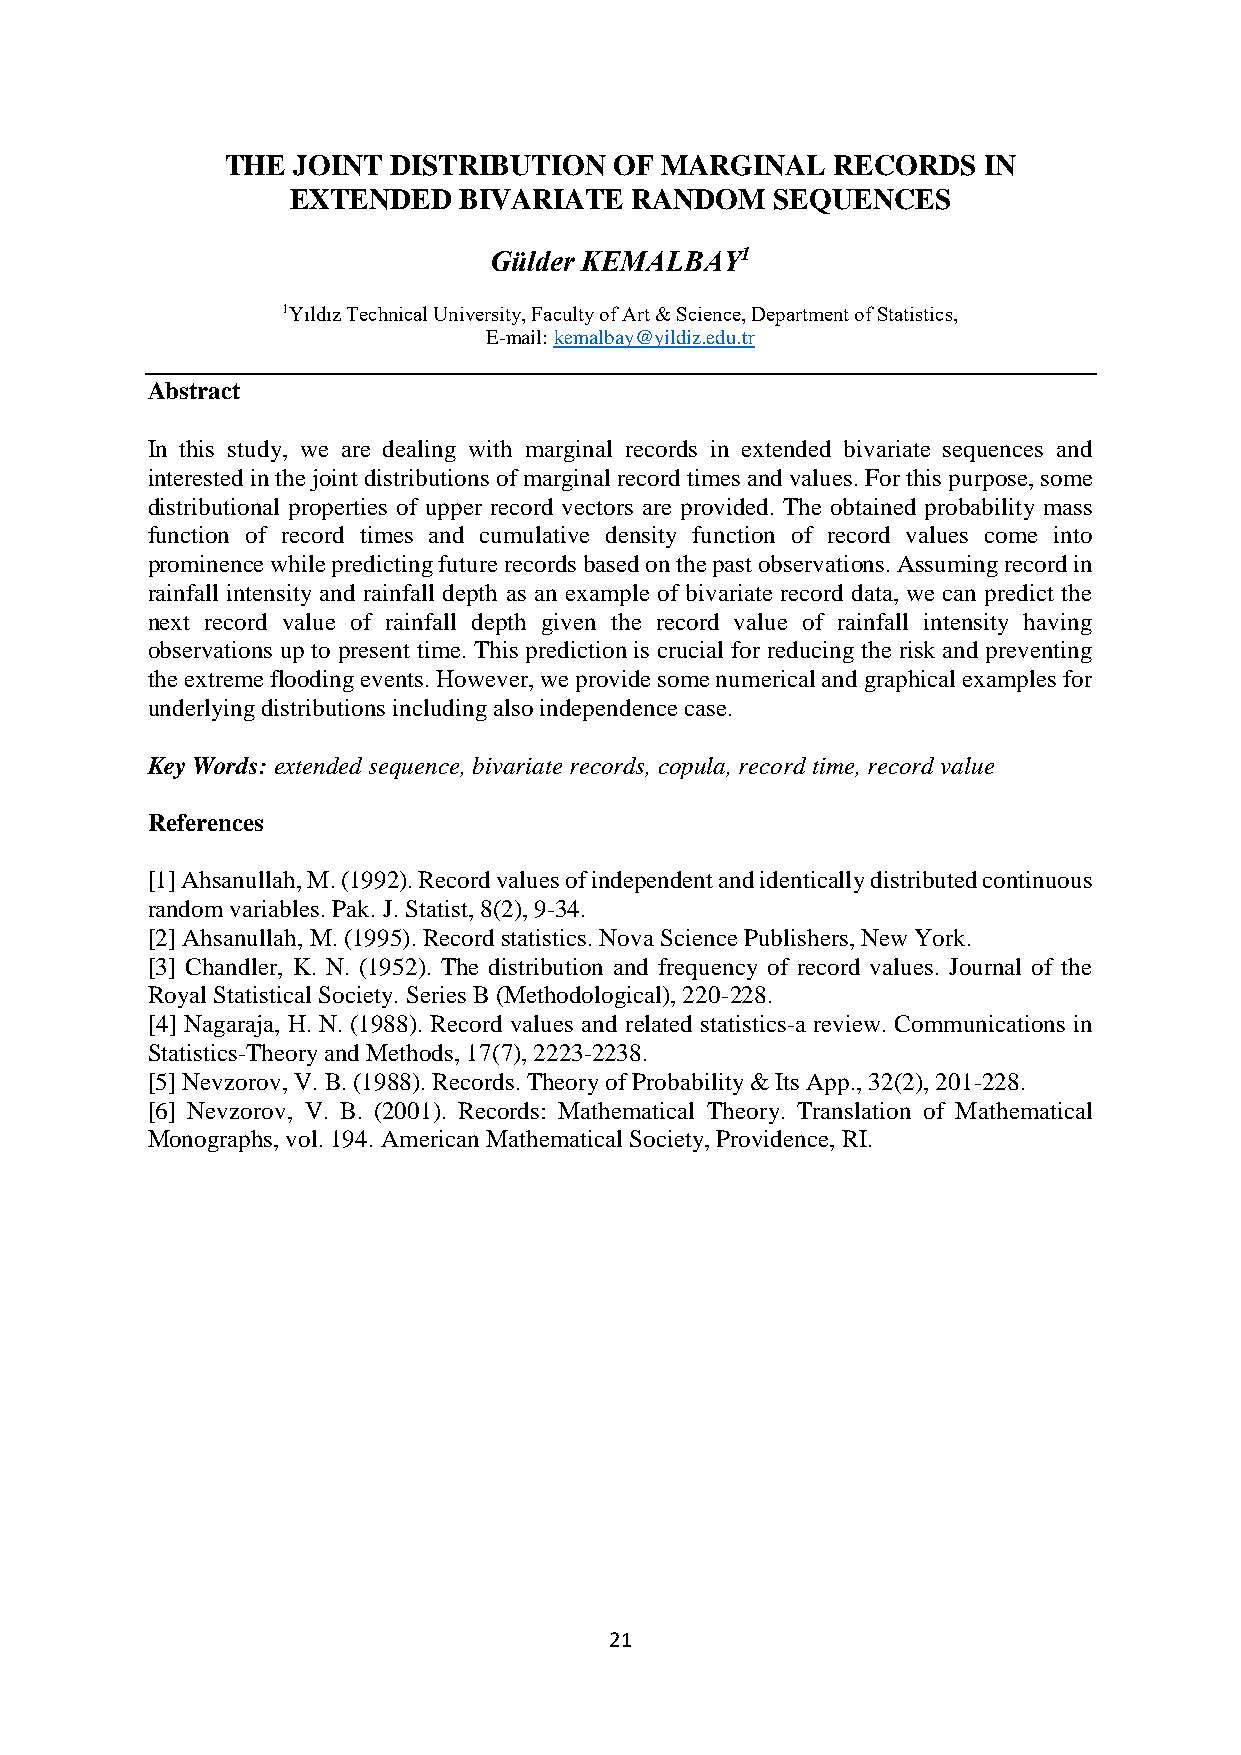
THE JOINT  DISTRIBUTION   OF MARGINAL   RECORDS   IN
 EXTENDED   BIVARIATE   RANDOM   SEQUENCES
 Gülder KEMALBAY1
 1Yıldız Technical University, Faculty of Art & Science, Department of Statistics,
 E-mail: kemalbay@yildiz.edu.tr
 Abstract
 In this study, we are dealing with marginal records in extended bivariate sequences and
 interested in the joint distributions of marginal record times and values. For this purpose, some
 distributional properties of upper record vectors are provided. The obtained probability mass
 function of record times and cumulative density function of record values come into
 prominence while predicting future records based on the past observations. Assuming record in
 rainfall intensity and rainfall depth as an example of bivariate record data, we can predict the
 next record value of rainfall depth given the record value of rainfall intensity having
 observations up to present time. This prediction is crucial for reducing the risk and preventing
 the extreme flooding events. However, we provide some numerical and graphical examples for
 underlying distributions including also independence case.
 Key Words: extended sequence, bivariate records, copula, record time, record value
 References
 [1] Ahsanullah, M. (1992). Record values of independent and identically distributed continuous
 random variables. Pak. J. Statist, 8(2), 9-34.
 [2] Ahsanullah, M. (1995). Record statistics. Nova Science Publishers, New York.
 [3] Chandler, K. N. (1952). The distribution and frequency of record values. Journal of the
 Royal Statistical Society. Series B (Methodological), 220-228.
 [4] Nagaraja, H. N. (1988). Record values and related statistics-a review. Communications in
 Statistics-Theory and Methods, 17(7), 2223-2238.
 [5] Nevzorov, V. B. (1988). Records. Theory of Probability & Its App., 32(2), 201-228.
 [6] Nevzorov, V. B. (2001). Records: Mathematical Theory. Translation of Mathematical
 Monographs, vol. 194. American Mathematical Society, Providence, RI.
 21